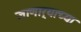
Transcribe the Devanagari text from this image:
जाणार्‍याच्या